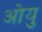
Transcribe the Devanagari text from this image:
ओयु